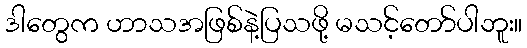
ဒါတွေက ဟာသအဖြစ်နဲ့ပြသဖို့ မသင့်တော်ပါဘူး။